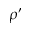
\rho ^ { \prime }